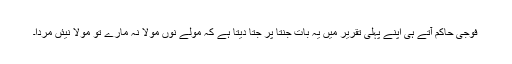
فوجی حاکم آتے ہی اپنے پہلی تقریر میں یہ بات جنتا پر جتا دیتا ہے کہ مولے نوں مولا نہ مارے تو مولا نیئں مردا۔